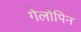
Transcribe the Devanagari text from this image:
गेलोपिन